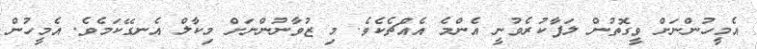
އެމީހުންނަށް ވީގޮތުން ލަފާކުރެވުނީ އެންމެ އެއްޗެކެވެ. މި ޒުވާނުންނަށް މިކާލް އެނގޭކަމެވެ. އެމީހުން